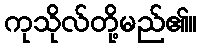
ကုသိုလ်တို့မည်၏။